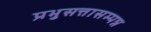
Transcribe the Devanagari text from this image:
प्रभुसत्तासम्पन्न